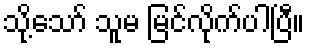
သို့သော် သူမ မြင်လိုက်ပါပြီ။